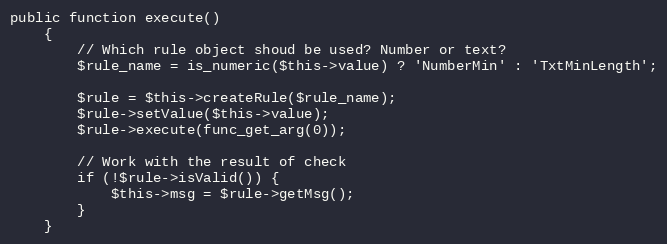
Language: PHP
public function execute()
    {
        // Which rule object shoud be used? Number or text?
        $rule_name = is_numeric($this->value) ? 'NumberMin' : 'TxtMinLength';

        $rule = $this->createRule($rule_name);
        $rule->setValue($this->value);
        $rule->execute(func_get_arg(0));

        // Work with the result of check
        if (!$rule->isValid()) {
            $this->msg = $rule->getMsg();
        }
    }